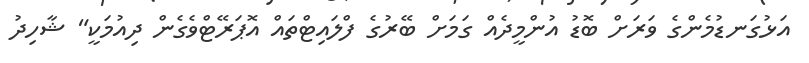
އަޅުގަނޑުމެންގެ ވަރަށް ބޮޑު އުންމީދެއް ގަމަށް ބޭރުގެ ފްލައިޓްތައް އޮޕަރޭޓްވެގެން ދިއުމަކީ" ޝާހިދު